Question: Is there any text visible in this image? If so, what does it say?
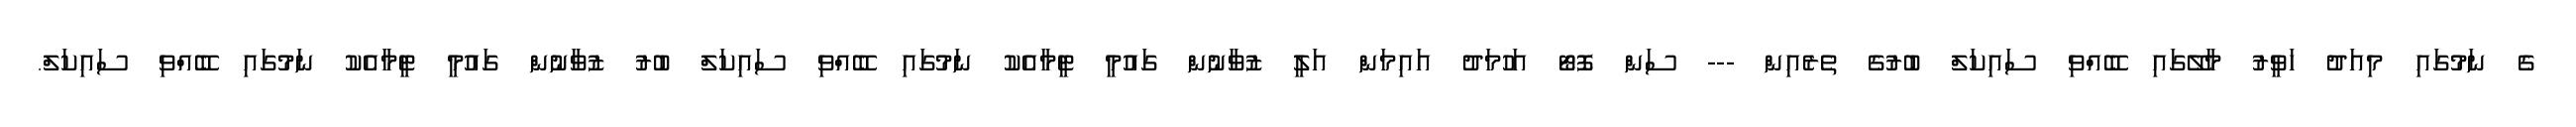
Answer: ގެ ނަމުގައި މިއަދު ހަވީރު މާލޭގައި ބޭއްވި ސައިކަލް ބުރުގެ ތެރެއިން --- ސަން ފޮޓޯ އަހުމަދު އައިމަން އަލީ ޒުވާނުން ގައުމީ ޓީމާއެކު ނަމުގައި ބޭއްވި ސައިކަލް ބުރު ޒުވާނުން ގައުމީ ޓީމާއެކު ނަމުގައި ބޭއްވި ސައިކަލް.